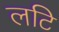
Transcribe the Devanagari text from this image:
लटि